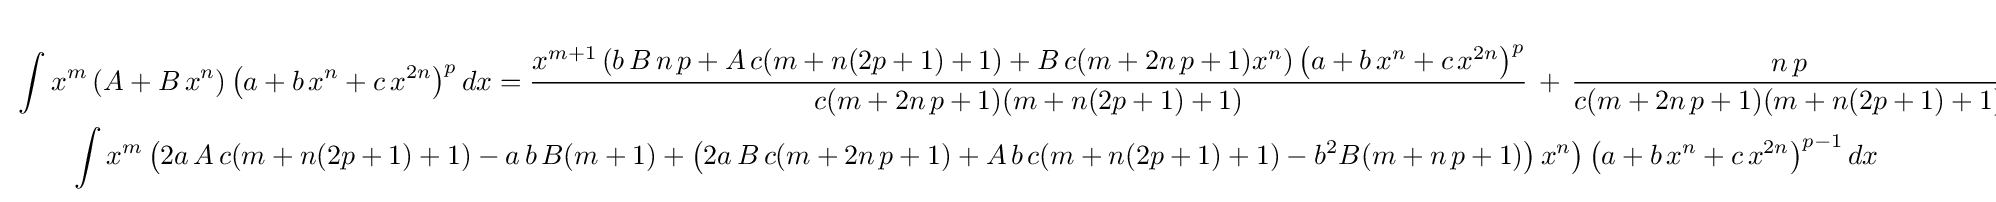
{\begin{aligned}&\int x^{m}\left(A+B\,x^{n}\right)\left(a+b\,x^{n}+c\,x^{2n}\right)^{p}dx={\frac {x^{m+1}\left(b\,B\,n\,p+A\,c(m+n(2p+1)+1)+B\,c(m+2n\,p+1)x^{n}\right)\left(a+b\,x^{n}+c\,x^{2n}\right)^{p}}{c(m+2n\,p+1)(m+n(2p+1)+1)}}\,+\,{\frac {n\,p}{c(m+2n\,p+1)(m+n(2p+1)+1)}}\,\cdot \\&\qquad \int x^{m}\left(2a\,A\,c(m+n(2p+1)+1)-a\,b\,B(m+1)+\left(2a\,B\,c(m+2n\,p+1)+A\,b\,c(m+n(2p+1)+1)-b^{2}B(m+n\,p+1)\right)x^{n}\right)\left(a+b\,x^{n}+c\,x^{2n}\right)^{p-1}dx\end{aligned}}